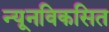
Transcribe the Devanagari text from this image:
न्यूनविकसित